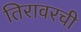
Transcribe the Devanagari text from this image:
तिरावरची